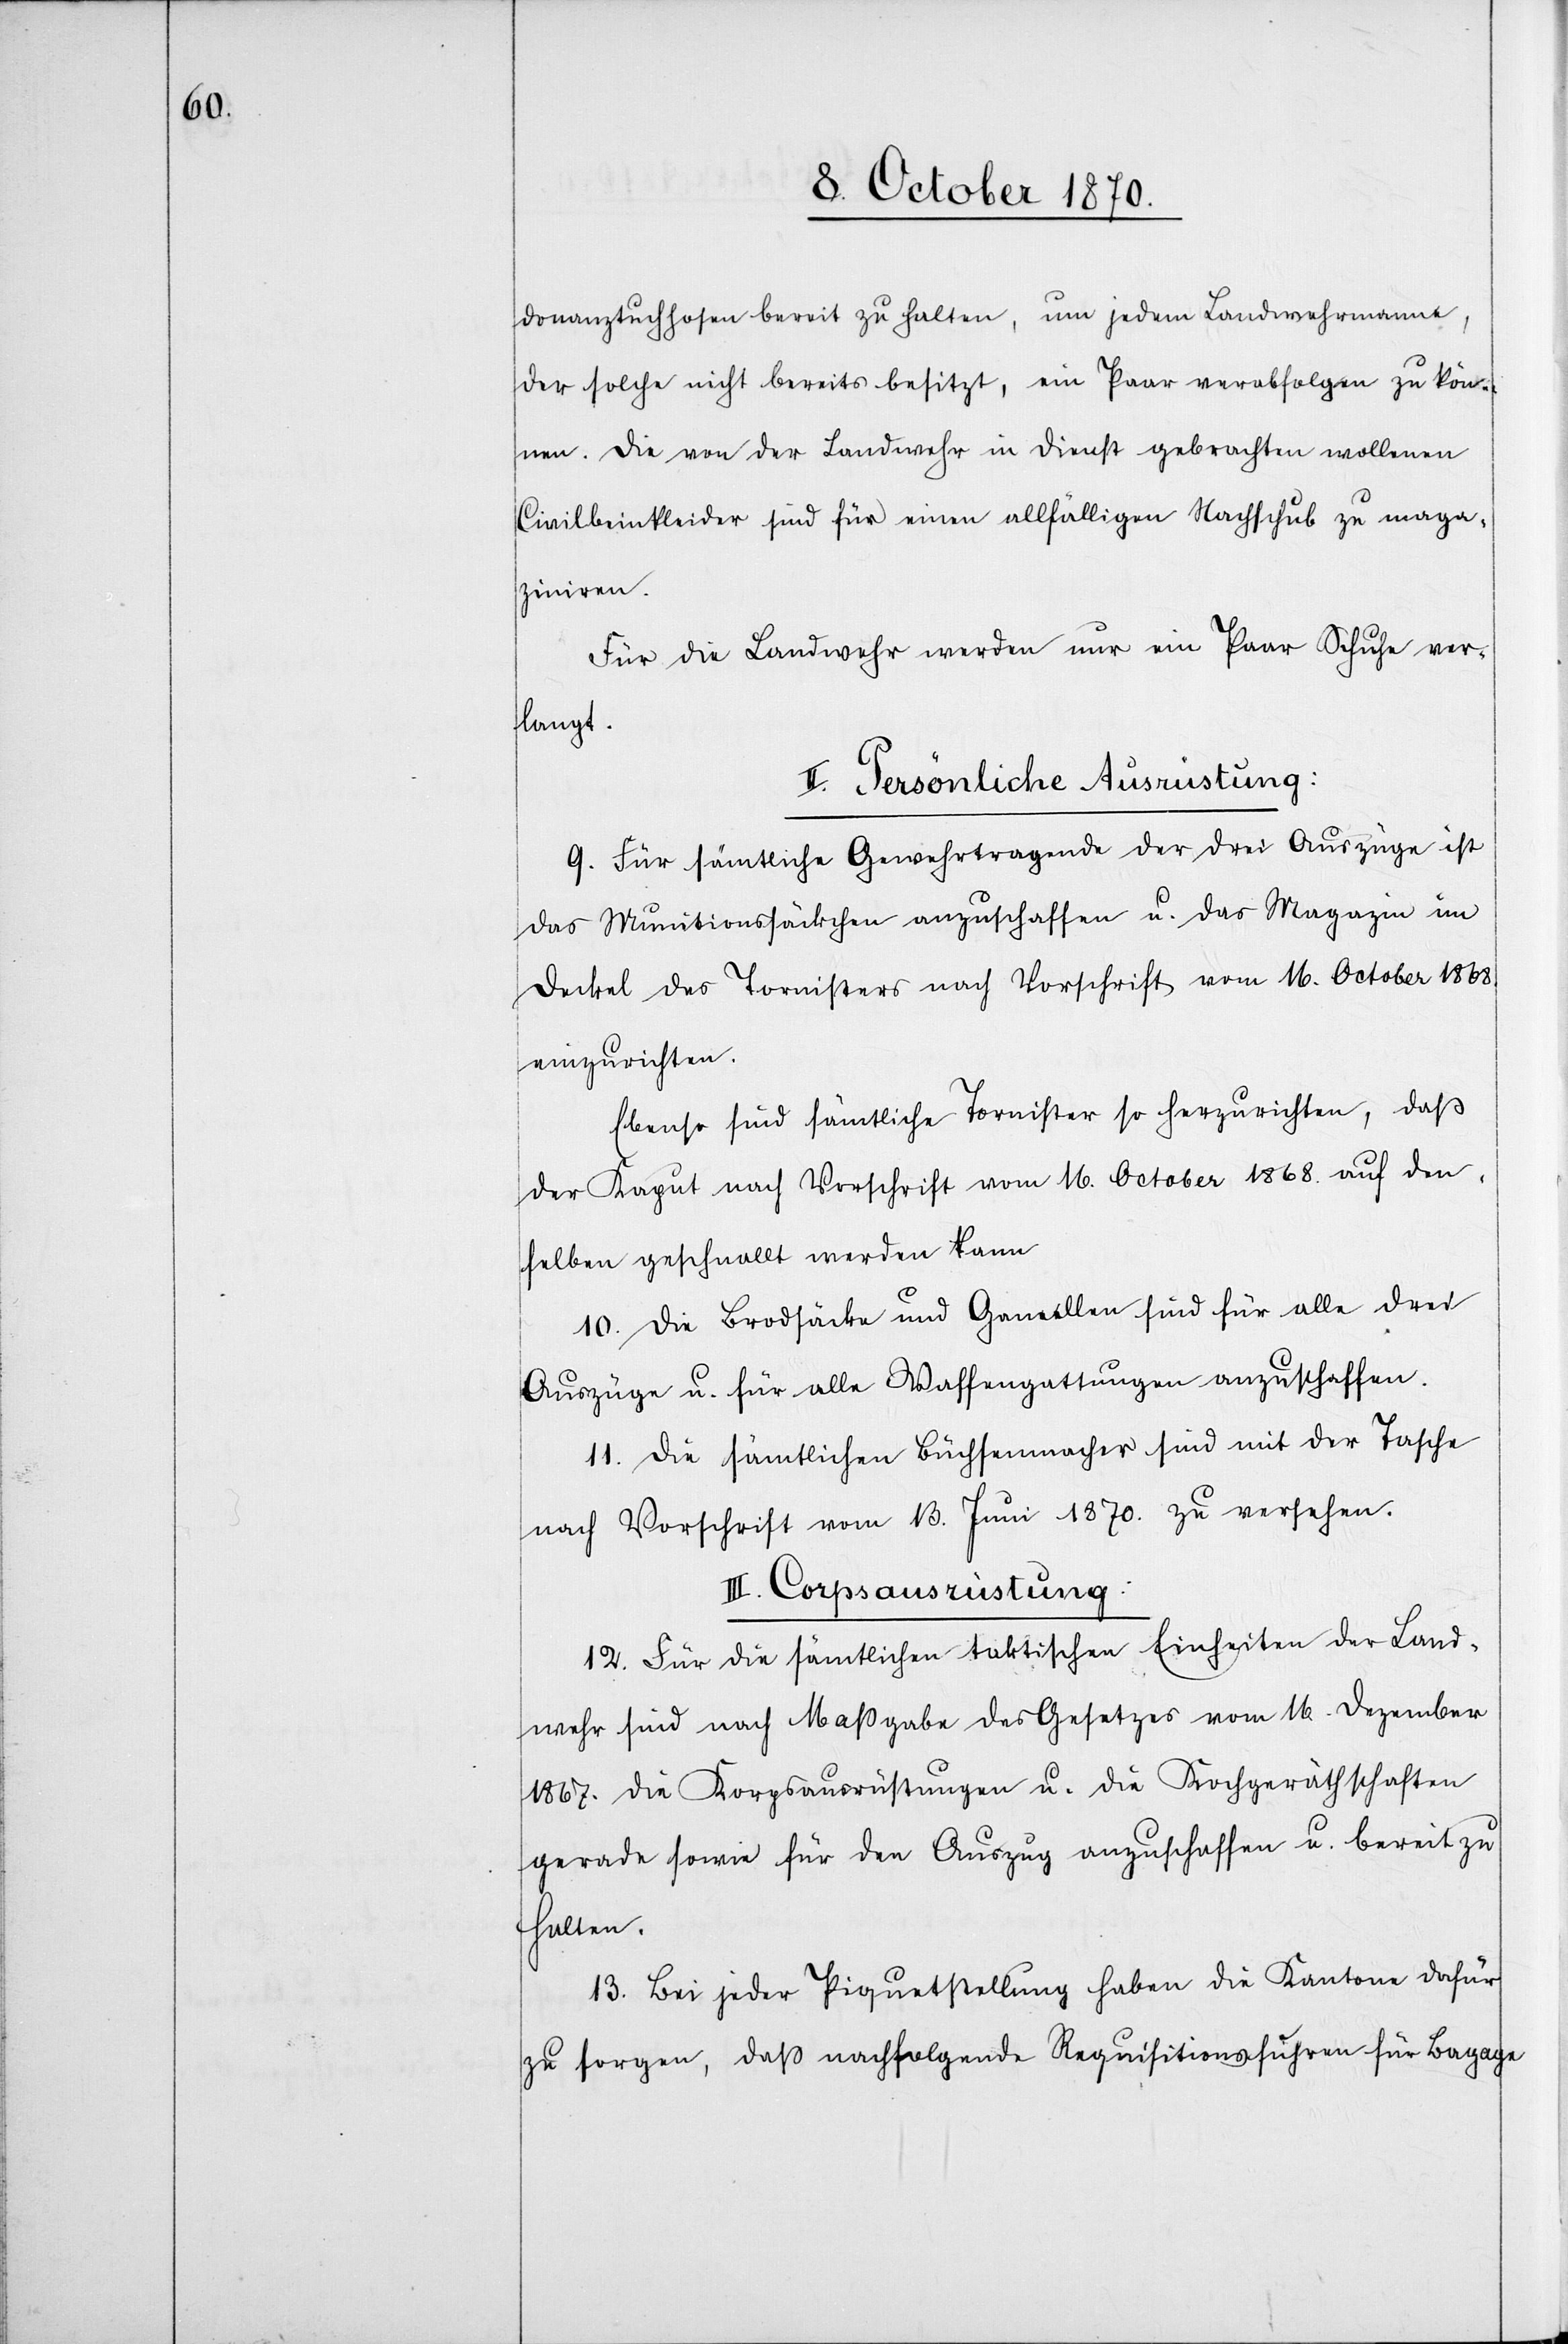
donanztuchhosen bereit zu halten, um jedem Landeswehrmanne,
der solche nicht bereits besitzt, ein Paar verabfolgen zu kön¬
nen. Die von der Landwehr in Dienst gebrachten wollenen
Civilbeinkleider sind für einen allfälligen Nachschub zu maga¬
ziniren.
Für die Landwehr werden nur ein Paar Schuhe ver¬
langt.
II. Persönliche Ausrüstung:
9. Für sämtliche Gewehrtragende der drei Auszüge ist
das Munitionssäckchen anzuschaffen u. das Magazin im
Deckel des Tornisters nach Vorschrift vom 16. October 1868
einzurichten.
Ebenso sind sämtliche Tornister so herzurichten, daß
der Kaput nach Vorschrift vom 16. October 1868. auf den¬
selben geschnallt werden kann.
10. Die Brodsäcke und Gamellen sind für alle drei
Auszüge u. für alle Waffengattungen anzuschaffen.
11. Die sätmlichen Büchsenmacher sind mit der Tasche
nach Vorschrift vom 13. Juni 1870. zu versehen.
III. Corpsausrüstung:
12. Für die sämtlichen taktischen Einheiten der Land¬
wehr sind nach Maßgabe des Gesetzes vom 16. Dezember
1867. die Korsausrüstungen u. die Kochgeräthschaften
gerade sowie für den Auszug anzuschaffen u. bereit zu
halten.
13. Bei jeder Piquetstellung haben die Kantone dafür
zu sorgen, daß nachfolgende Requisitionsfuhren für Bagage